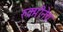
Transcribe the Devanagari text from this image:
रुक्मीनेच